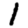
Digit: 1